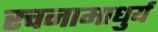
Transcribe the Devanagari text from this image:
रचनामाधुर्य